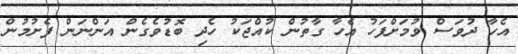
އެހާ ދުވަސް ވުމަށްފަހު އެހާ ގާތުން ކުއްޖަކު ހެދި ބޮޑުވެގެން އަންނަން ފެށުމުން